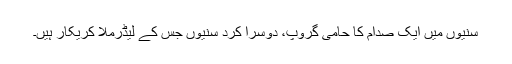
سُنیوں میں ایک صدام کا حامی گروپ، دوسرا کُرد سُنیوں جس کے لیڈرمُلّا کریکار ہیں۔